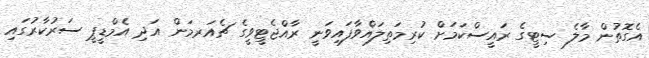
އެގޮތުން މާލެ ސިޓީގެ ރައީސްކަމަށް ކުރިމަތިލައްވާފައިވަނީ ރާއްޖެޓީވީގެ ޗެއަރމަން އަދި އެމްޑީޕީ ސަރުކާރުގައި